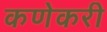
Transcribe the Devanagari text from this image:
कणेकरी